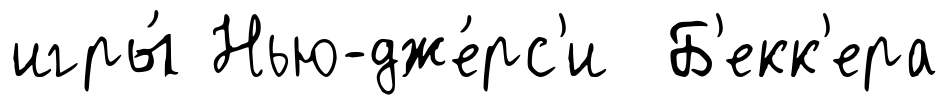
игры́ Нью-дже́рс'и Б'екк'ера